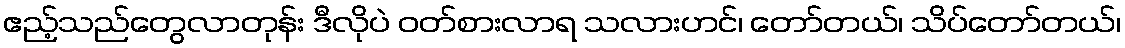
ဧည့်သည်တွေလာတုန်း ဒီလိုပဲ ဝတ်စားလာရ သလားဟင်၊ တော်တယ်၊ သိပ်တော်တယ်၊